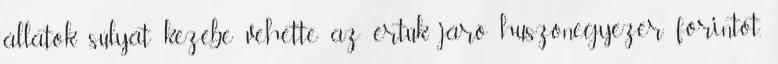
állatok súlyát kezébe vehette az értük járó huszonegyezer forintot,